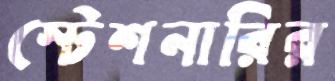
স্টেশনারির